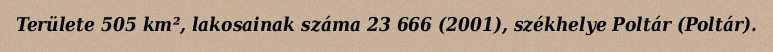
Területe 505 km², lakosainak száma 23 666 (2001), székhelye Poltár (Poltár).